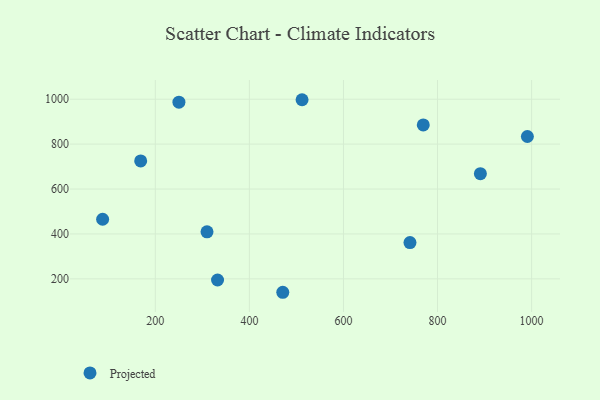
{"axis": {"x": "Speed", "y": "Sales"}, "legend": ["Projected"], "data": [{"x": "168.9", "y": 725.1, "type": "Projected"}, {"x": "512.0", "y": 997.7, "type": "Projected"}, {"x": "891.1", "y": 668.5, "type": "Projected"}, {"x": "741.4", "y": 361.6, "type": "Projected"}, {"x": "991.0", "y": 834.0, "type": "Projected"}, {"x": "250.2", "y": 986.6, "type": "Projected"}, {"x": "769.7", "y": 885.3, "type": "Projected"}, {"x": "309.9", "y": 409.5, "type": "Projected"}, {"x": "332.3", "y": 194.9, "type": "Projected"}, {"x": "471.0", "y": 140.3, "type": "Projected"}, {"x": "88.0", "y": 465.5, "type": "Projected"}]}